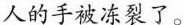
人的手被冻裂了。